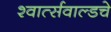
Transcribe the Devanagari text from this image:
श्वार्त्सवाल्डचे